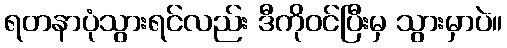
ရတနာပုံသွားရင်လည်း ဒီကိုဝင်ပြီးမှ သွားမှာပဲ။